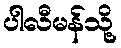
ပါလီမန်သို့